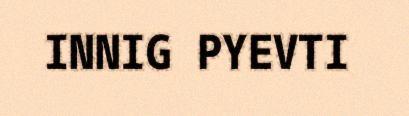
INNIG PYEVTI